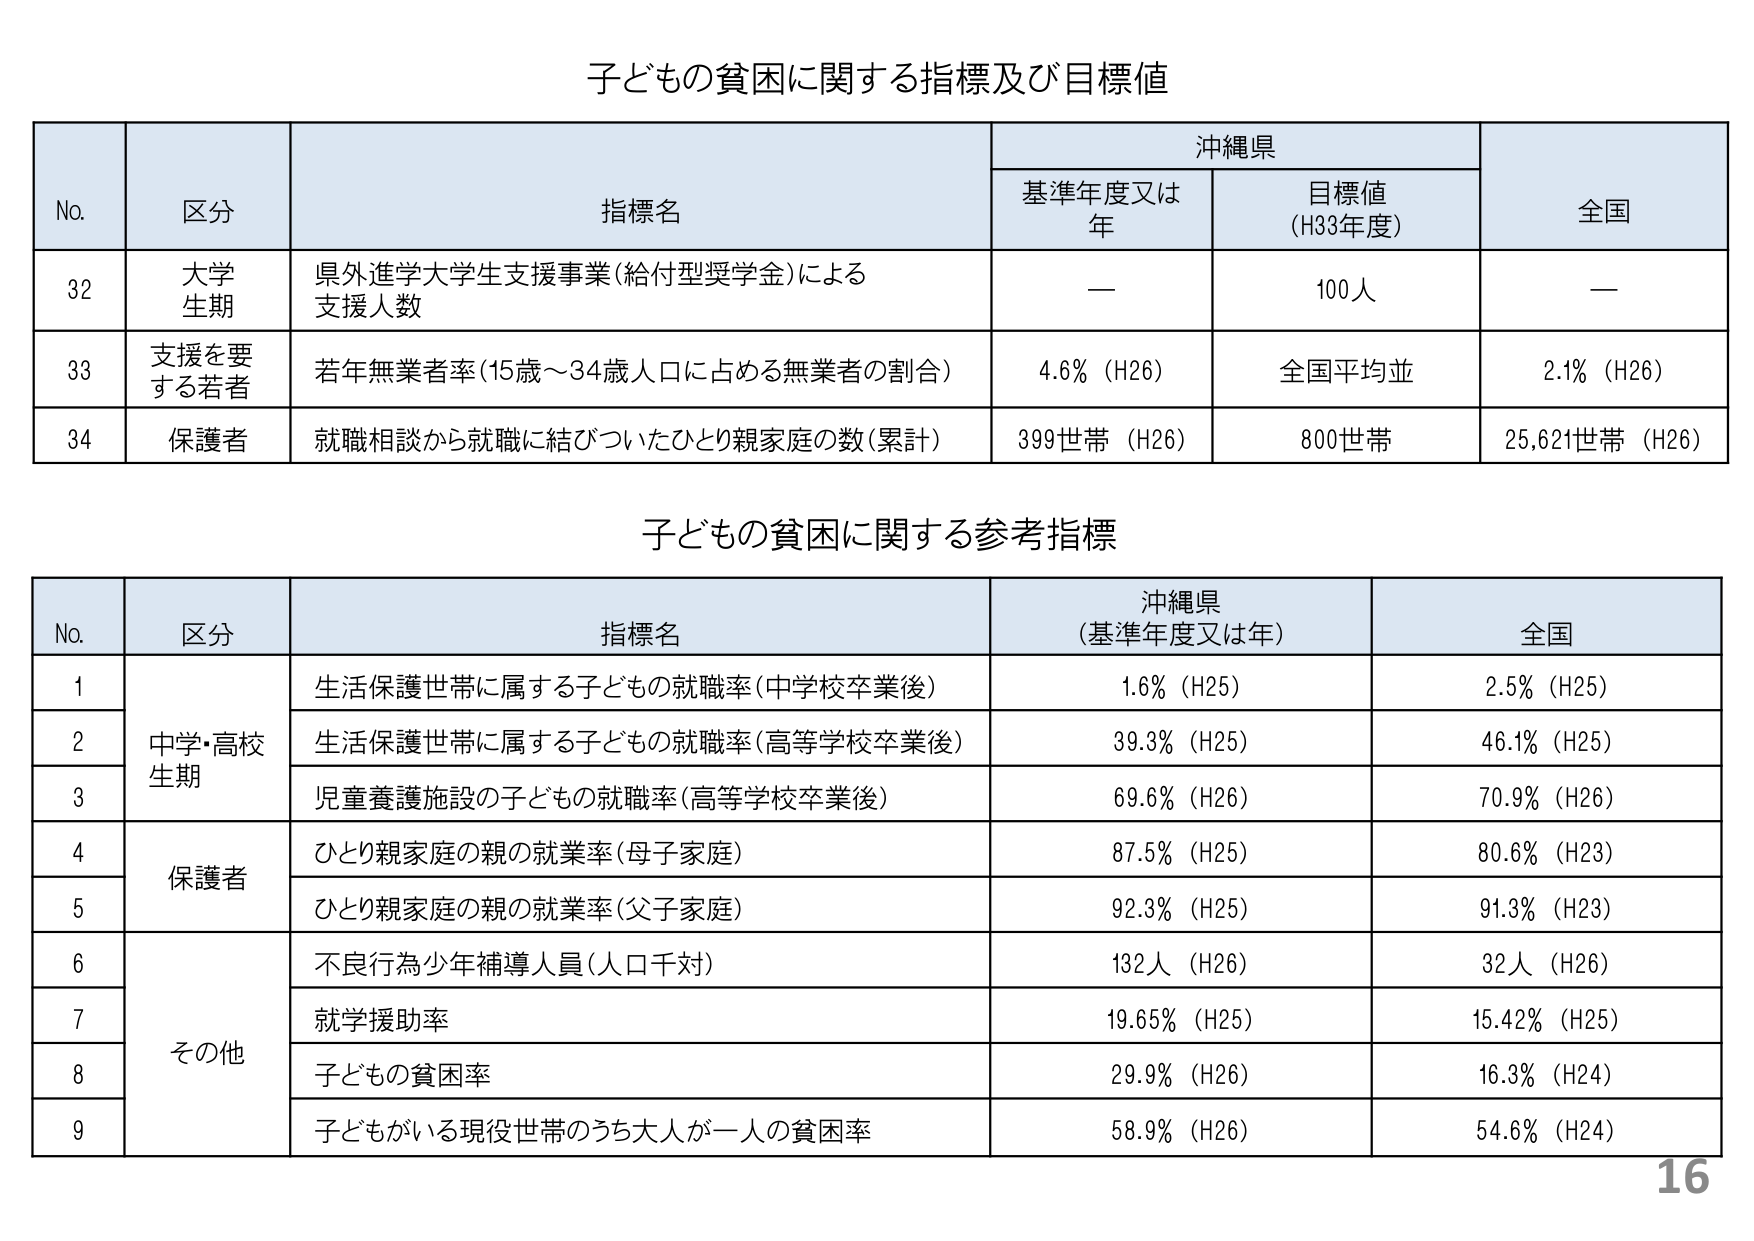
子ども の 貧困 に関する 指標 及び 目標値

No. 区分 指標名 沖縄県 全国
基準年度又は年 目標値 (H33年度)

32 大学生期 県外進学大学生支援事業(給付型奨学金)による支援人数 — 100人 —

33 支援を要する若者 若年無業者率(15歳～34歳人口に占める無業者の割合) 4.6% (H26) 全国平均並 2.1% (H26)

34 保護者 就職相談から就職に結びついたひとり親家庭の数(累計) 399世帯 (H26) 800世帯 25,621世帯 (H26)

子ども の 貧困 に関する 参考 指標

No. 区分 指標名 沖縄県 (基準年度又は年) 全国

1 中学・高校生期 生活保護世帯に属する子どもの就職率(中学校卒業後) 1.6% (H25) 2.5% (H25)

2 生活保護世帯に属する子どもの就職率(高等学校卒業後) 39.3% (H25) 46.1% (H25)

3 児童養護施設の子どもの就職率(高等学校卒業後) 69.6% (H26) 70.9% (H26)

4 保護者 ひとり親家庭の親の就業率(母子家庭) 87.5% (H25) 80.6% (H23)

5 ひとり親家庭の親の就業率(父子家庭) 92.3% (H25) 91.3% (H23)

6 その他 不良行為少年補導人員(人口千対) 132人 (H26) 32人 (H26)

7 就学援助率 19.65% (H25) 15.42% (H25)

8 子どもの貧困率 29.9% (H26) 16.3% (H24)

9 子どもがいる現役世帯のうち大人が一人の貧困率 58.9% (H26) 54.6% (H24)

16